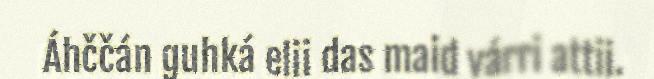
Áhččán guhká elii das maid várri attii.